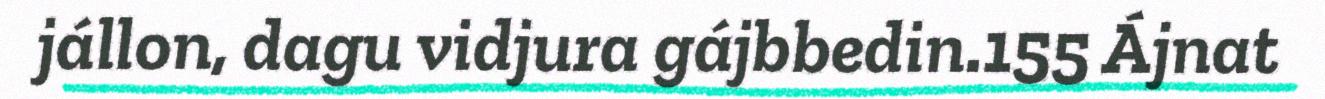
jállon, dagu vidjura gájbbedin.155 Ájnat